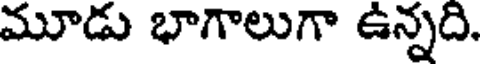
మూడు భాగాలుగా ఉన్నది.